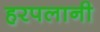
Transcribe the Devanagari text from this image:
हरपलानी